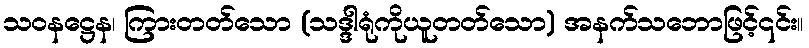
သဝနဋ္ဌေန၊ ကြားတတ်သော (သဒ္ဒါရုံကိုယူတတ်သော) အနက်သဘောဖြင့်၎င်း။